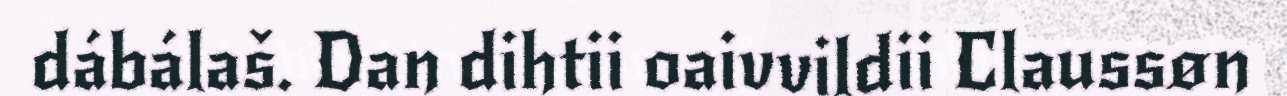
dábálaš. Dan dihtii oaivvildii Claussøn